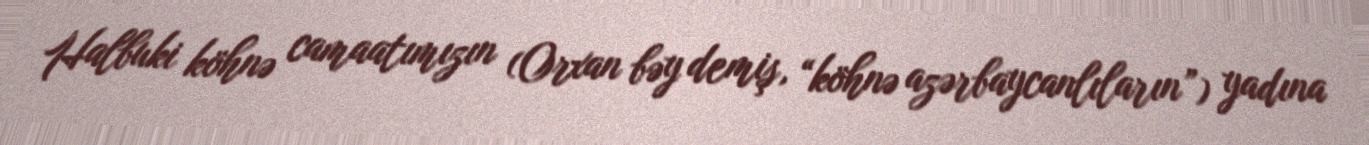
Halbuki köhnə camaatımızın (Orxan bəy demiş, “köhnə azərbaycanlıların”) yadına